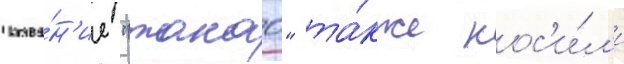
Назва́н'ие "такао" та́кже нос'и́л'и